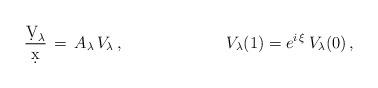
LaTeX: \begin{align*}\frac{\d V_\lambda}{\d x}&\,=\,A_\lambda\,V_\lambda\,,&V_\lambda(1)&=e^{i\,\xi}\,V_\lambda(0)\,,\end{align*}